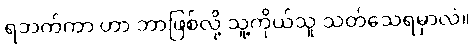
ရဘက်ကာ ဟာ ဘာဖြစ်လို့ သူ့ကိုယ်သူ သတ်သေရမှာလဲ။